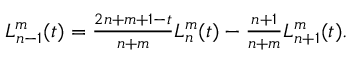
\begin{array} { r } { L _ { n - 1 } ^ { m } ( t ) = \frac { 2 n + m + 1 - t } { n + m } L _ { n } ^ { m } ( t ) - \frac { n + 1 } { n + m } L _ { n + 1 } ^ { m } ( t ) . } \end{array}